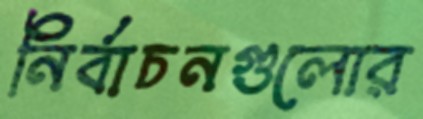
নির্বাচনগুলোর